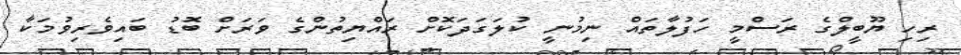
ރިހި ޔޫބީލްގެ ރަސްމީ ހަފުލާތައް ނިމުނީ ކުލަގަދަކޮށް ރައްޔިތުންގެ ވަރަށް ބޮޑު ބައިވެރިވުމަކާ